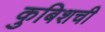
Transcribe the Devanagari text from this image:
कुबिशची